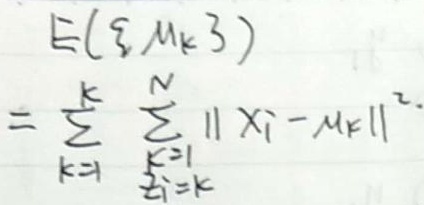
\[
\begin{align*}
E(\xi_{M_k}3)&=\sum_{k = 1}^{K}\sum_{\substack{i = 1\\t_i=k}}^{N}\|X_i - M_k\|^2
\end{align*}
\]